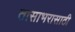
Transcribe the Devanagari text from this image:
तासाभरासाठी